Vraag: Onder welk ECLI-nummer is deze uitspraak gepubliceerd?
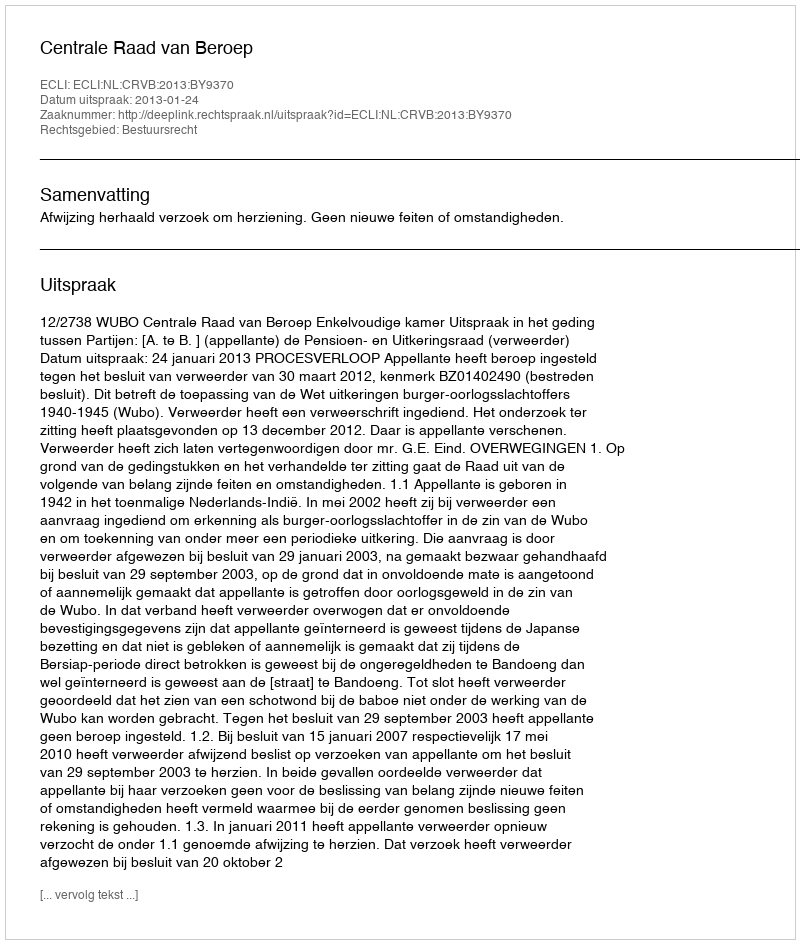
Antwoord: ECLI:NL:CRVB:2013:BY9370